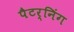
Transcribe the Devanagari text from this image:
पैटर्निंग